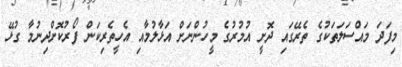
މިފަދަ މައްސަލަތަކުގެ ތެރޭގައި ދޮށީ އުމުރުގެ މީހުންނަށް އަޅާލުމާއި އެހީތެރިކަން ފޯރުކޮށްދިނުމާ ގުޅޭ